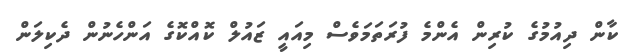
ކާން ދިއުމުގެ ކުރިން އެންމެ ފުރަތަމަވެސް މިއައީ ޒައުލް ކޮއްކޮގެ އަންހެނުން ދެކިލަން